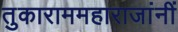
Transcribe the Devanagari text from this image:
तुकाराममहाराजांनीं